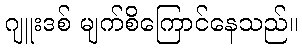
ဂျူးဒစ် မျက်စိကြောင်နေသည်။